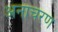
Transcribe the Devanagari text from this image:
अनाचरण